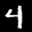
Label: 4